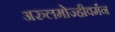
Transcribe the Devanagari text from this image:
अरुलमोज्हीवर्मन